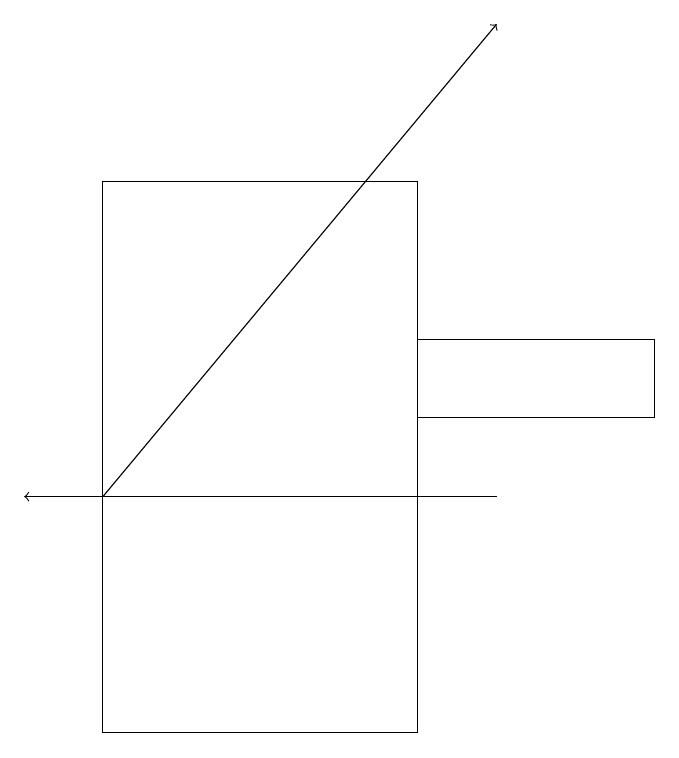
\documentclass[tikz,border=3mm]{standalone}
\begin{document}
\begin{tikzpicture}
\draw (1,10) rectangle (5,17);
\draw (5,14) rectangle (8,15);
\draw[->] (6,13) -- (0,13);
\draw[->] (1,13) -- (6,19);
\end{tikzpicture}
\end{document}